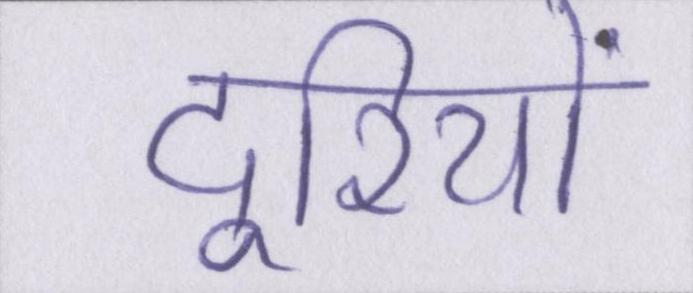
दूरियों